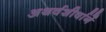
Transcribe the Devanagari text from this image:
अथर्वशीर्षानें